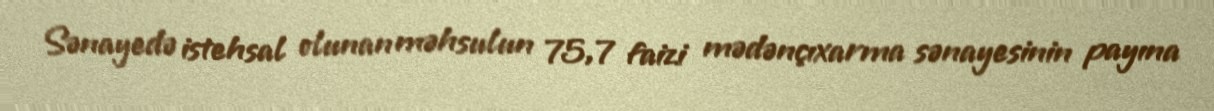
Sənayedə istehsal olunan məhsulun 75,7 faizi mədənçıxarma sənayesinin payına